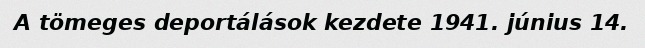
A tömeges deportálások kezdete 1941. június 14.